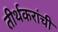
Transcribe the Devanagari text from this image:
तीर्थकरांची